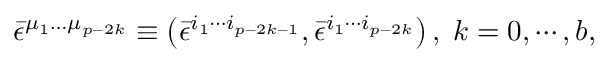
\bar { \epsilon } ^ { \mu _ { 1 } \ldots \mu _ { p - 2 k } } \equiv \left( \bar { \epsilon } ^ { i _ { 1 } \cdots i _ { p - 2 k - 1 } } , \bar { \epsilon } ^ { i _ { 1 } \cdots i _ { p - 2 k } } \right) , \; k = 0 , \cdots , b ,